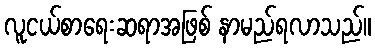
လူငယ်စာရေးဆရာအဖြစ် နာမည်ရလာသည်။